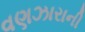
વણઝારાની